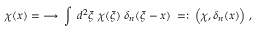
\chi ( x ) = \; \longrightarrow \; \int \; d ^ { 2 } \xi \; \chi ( \xi ) \; \delta _ { n } ( \xi - x ) \; = : \; \Big ( \chi , \delta _ { n } ( x ) \Big ) \; ,